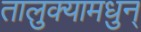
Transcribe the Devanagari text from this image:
तालुक्यामधुन्